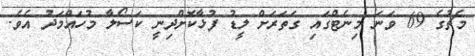
މެޗުގެ 69 ވަނަ މިނެޓްގައި ގަތަރަށް ލީޑު ފުޅާކޮށްދިނީ ކަސޯލާ މުހައްމަދު އެވެ.